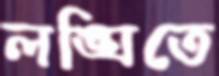
লঙ্ঘিতে